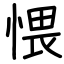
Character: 愄